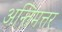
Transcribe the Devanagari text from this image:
अन्तिमत्तर